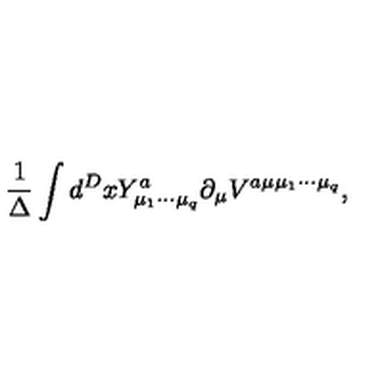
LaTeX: \frac { 1 } { \Delta } \int d ^ { D } x Y _ { { \mu } _ { 1 } { \cdots } { \mu } _ { q } } ^ { a } { \partial } _ { \mu } V ^ { a { \mu } { \mu } _ { 1 } { \cdots } { \mu } _ { q } } ,